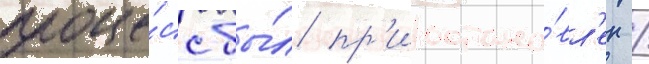
проце́сс бы́л пр'иостано́вл'ен /